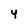
Character: y